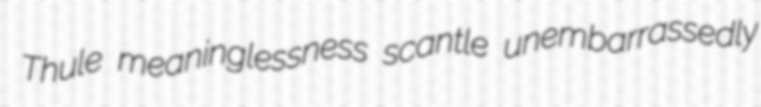
Thule meaninglessness scantle unembarrassedly